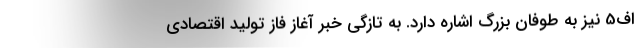
اف5 نیز به طوفان بزرگ اشاره دارد. به تازگی خبر آغاز فاز تولید اقتصادی